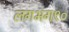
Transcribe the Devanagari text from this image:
लगभग९०